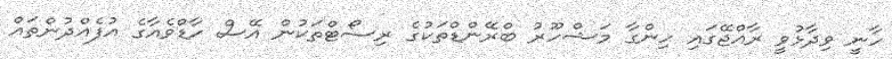
ހާނީ ވިދާޅުވީ ރާއްޖޭގައި ހިންގާ މަޝްހޫރު ބްރޭންޑްތަކުގެ ރިސޯޓްތަކުން އޭސް ހާޑްވެއާގެ އުފެއްދުންތައް